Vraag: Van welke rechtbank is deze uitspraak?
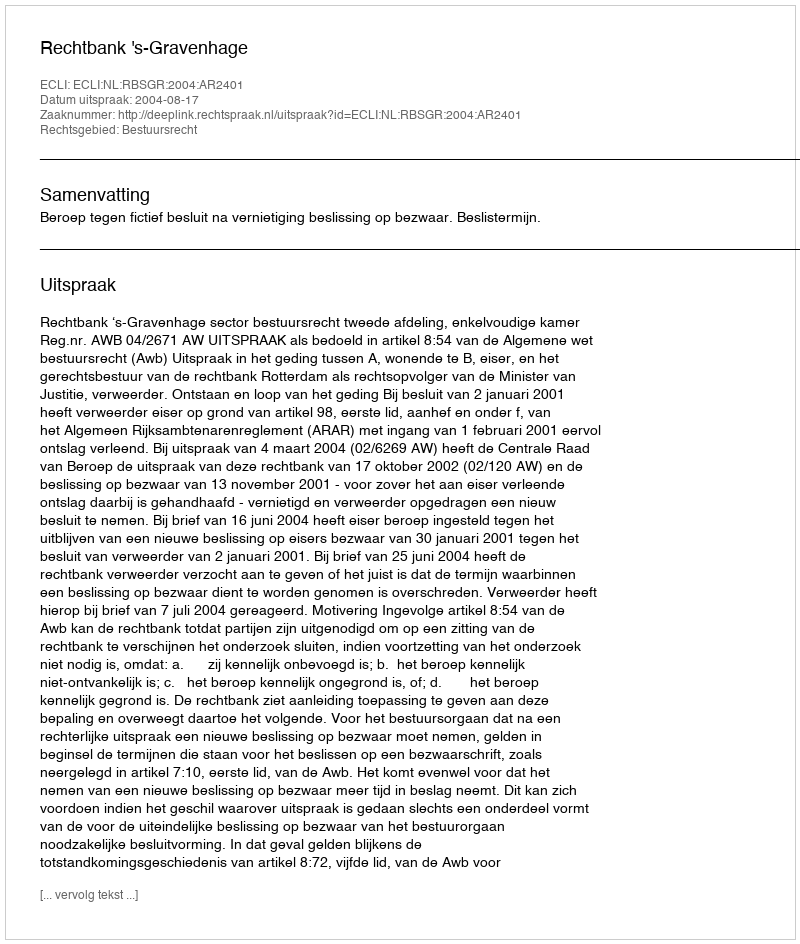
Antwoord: Rechtbank 's-Gravenhage